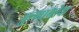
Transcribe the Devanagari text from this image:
कुमानोवा